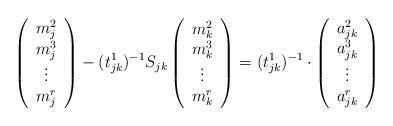
LaTeX: \begin{align*}\left( \begin{array}{c} m_j^2 \\ m_j^3 \\\vdots \\m_j^r \end{array} \right)-(t_{jk}^1)^{-1}S_{jk}\left( \begin{array}{c} m_k^2 \\ m_k^3 \\\vdots \\m_k^r \end{array} \right)=(t_{jk}^1)^{-1}\cdot\left( \begin{array}{c} a_{jk}^2 \\ a_{jk}^3 \\\vdots \\a_{jk}^r \end{array} \right)\end{align*}